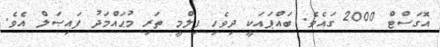
އޮގަސްޓް 2000 ގައެވެ. ބައްޕައަކީ ދިވެހި ފިލްމީ ތަރި މުޙައްމަދު ފައިޞަލް އެވެ.